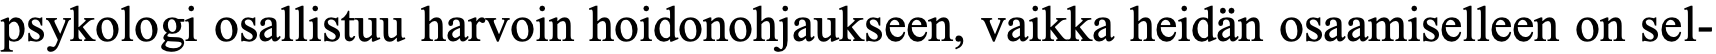
psykologi osallistuu harvoin hoidonohjaukseen, vaikka heidän osaamiselleen on sel-